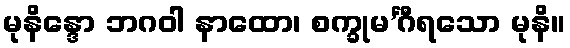
မုနိန္ဒော ဘဂဝါ နာထော၊ စက္ခုမ’င်္ဂီရသော မုနိ။